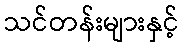
သင်တန်းများနှင့်